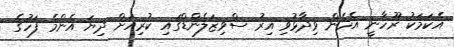
އެކަމަކު ރޫހާނީ އެހެން ވިދާޅުވި އިރު ސްވިޒަލެންޑްގައި ކުރިއަށް ދިޔަ އެންމެ ފަހުގެ